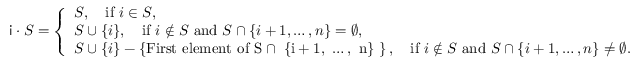
\begin{array} { r } { \mathsf { i } \cdot S = \left\{ \begin{array} { l l } { S , \quad \mathrm { i f ~ } i \in S , } \\ { S \cup \{ i \} , \quad \mathrm { i f ~ } i \notin S \mathrm { ~ a n d ~ } S \cap \{ i + 1 , \ldots , n \} = \emptyset , } \\ { S \cup \{ i \} - \left\{ \mathrm { F i r s t ~ e l e m e n t ~ o f ~ S \cap ~ \{ i + 1 , ~ \ldots , ~ n \} ~ } \right\} , \quad \mathrm { i f ~ } i \notin S \mathrm { ~ a n d ~ } S \cap \{ i + 1 , \ldots , n \} \neq \emptyset . } \end{array} \right. } \end{array}